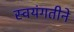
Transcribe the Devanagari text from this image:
स्वयंगतीने